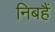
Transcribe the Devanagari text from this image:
निबहैं